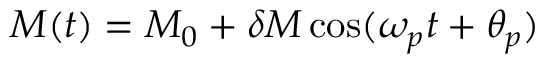
M ( t ) = M _ { 0 } + \delta M \cos ( \omega _ { p } t + \theta _ { p } )